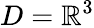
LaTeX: D=\mathbb{R}^{3}